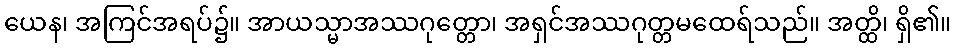
ယေန၊ အကြင်အရပ်၌။ အာယသ္မာအဿဂုတ္တော၊ အရှင်အဿဂုတ္တမထေရ်သည်။ အတ္ထိ၊ ရှိ၏။